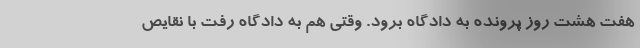
هفت هشت روز پرونده به دادگاه برود. وقتی هم به دادگاه رفت با نقایص